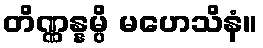
တိဏ္ဏန္နမ္ပိ မဟေသိနံ။